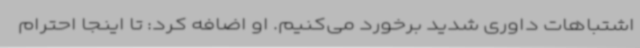
اشتباهات داوری شدید برخورد می‌کنیم. او اضافه کرد: تا اینجا احترام